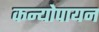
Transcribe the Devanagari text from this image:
कन्योपायन